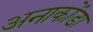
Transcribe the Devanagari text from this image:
अनाकोंडा